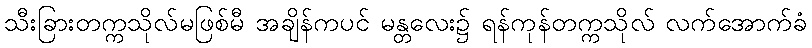
သီးခြားတက္ကသိုလ်မဖြစ်မီ အချိန်ကပင် မန္တလေး၌ ရန်ကုန်တက္ကသိုလ် လက်အောက်ခံ